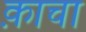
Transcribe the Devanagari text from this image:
क़ाचा